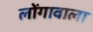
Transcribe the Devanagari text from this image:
लोंगावाला